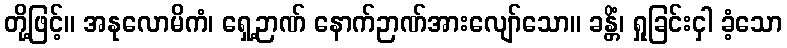
တို့ဖြင့်။ အနုလောမိကံ၊ ရှေ့ဉာဏ် နောက်ဉာဏ်အားလျော်သော။ ခန္တိံ၊ ရှုခြင်းငှါ ခံ့သော